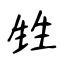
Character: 甡